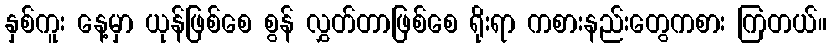
နှစ်ကူး နေ့မှာ ယုန်ဖြစ်စေ စွန် လွှတ်တာဖြစ်စေ ရိုးရာ ကစားနည်းတွေကစား ကြတယ်။